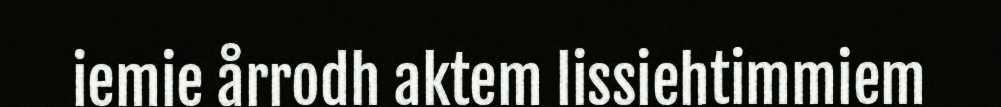
iemie årrodh aktem lissiehtimmiem